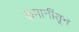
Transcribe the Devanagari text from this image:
कमानींतून